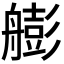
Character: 𦪟